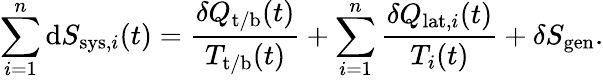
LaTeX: \sum_{i=1}^{n}\mathrm{d}S_{\mathrm{sys},i}(t)=\frac{\delta Q_{\mathrm{t/b}}(t)}{T_{\mathrm{t/b}}(t)}+\sum_{i=1}^{n}\frac{\delta Q_{\mathrm{lat},i}(t)}{T_{i}(t)}+\delta S_{\mathrm{gen}}.